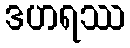
ဒဟရဿ